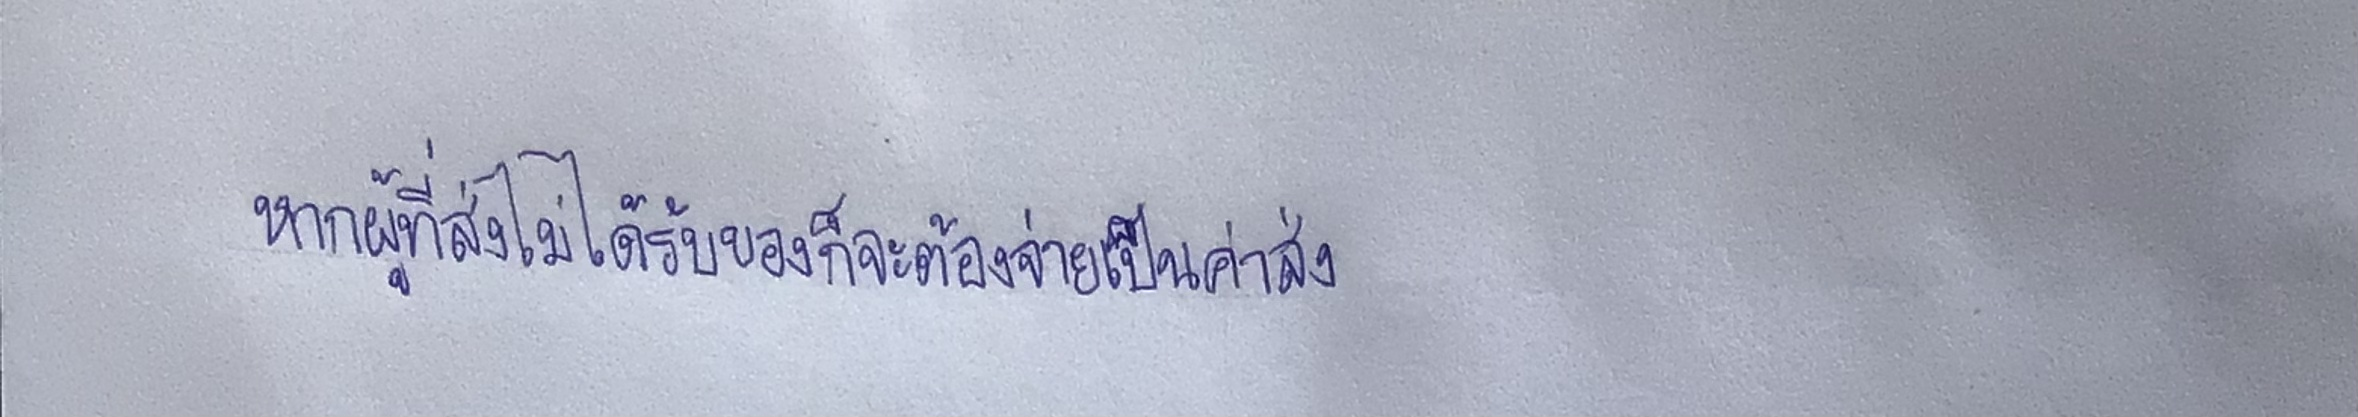
หากผู้ที่ส่งไม่ได้รับของก็จะต้องจ่ายเป็นค่าส่ง